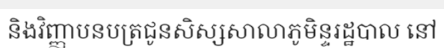
និងវិញ្ញាបនបត្រជូនសិស្សសាលាភូមិន្ទរដ្ឋបាល នៅ